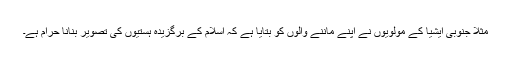
مثلا جنوبی ایشیا کے مولویوں نے اپنے ماننے والوں کو بتایا ہے کہ اسلام کے برگزیدہ ہستیوں کی تصویر بنانا حرام ہے۔